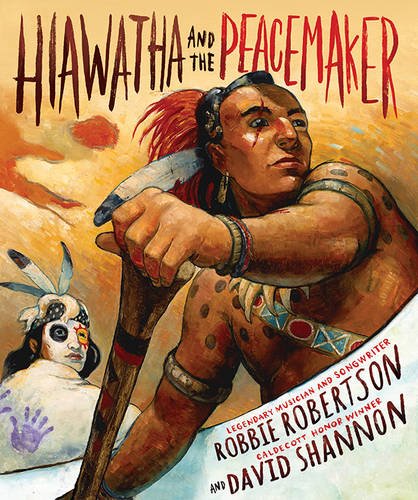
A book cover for Hiawatha and the Peacemaker; Robbie Robertson; Children's Books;